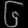
Digit: ၆